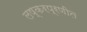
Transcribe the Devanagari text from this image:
लष्करप्रणीत